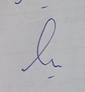
Signature authenticity: genuine